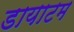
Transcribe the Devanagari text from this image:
डायाटम